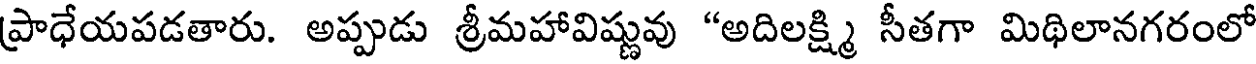
ప్రాధేయపడతారు. అప్పుడు శ్రీమహావిష్ణువు "అదిలక్ష్మి సీతగా మిథిలానగరంలో